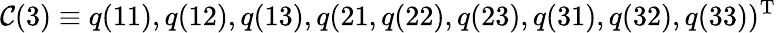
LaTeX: \mathcal{C}(3)\equiv q(11),q(12),q(13),q(21,q(22),q(23),q(31),q(32),q(33))^{\mathrm{T}}